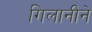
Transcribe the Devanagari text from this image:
गिलानीने